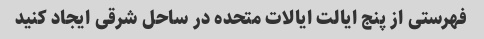
فهرستی از پنج ایالت ایالات متحده در ساحل شرقی ایجاد کنید